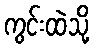
ကွင်းထဲသို့